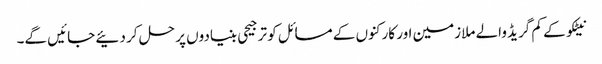
نیٹکو کے کم گریڈ والے ملازمین اور کارکنوں کے مسائل کو ترجیحی بنیادوں پر حل کر دئیے جائیں گے۔